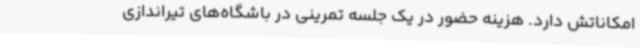
امکاناتش دارد. هزینه حضور در یک جلسه تمرینی در باشگاه‌های تیراندازی